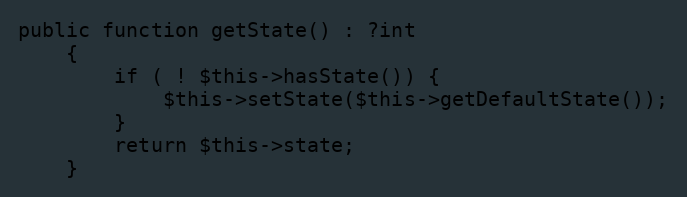
Language: PHP
public function getState() : ?int
    {
        if ( ! $this->hasState()) {
            $this->setState($this->getDefaultState());
        }
        return $this->state;
    }